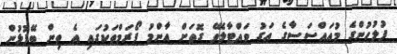
ފުލުހުންގެ މުއައްސަސާގެ އަގު ވައްޓާލެވޭ ގޮތަށް އާންމު ފޯރަމްތަކުގައި އެ ތިން ބޭފުޅުން